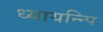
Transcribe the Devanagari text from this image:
ध्यायन्न्पि